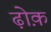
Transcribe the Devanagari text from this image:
ढ़ोक़